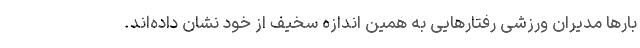
بارها مدیران ورزشی رفتارهایی به همین اندازه سخیف از خود نشان داده‌اند.